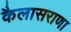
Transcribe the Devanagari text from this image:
कैलासराणा